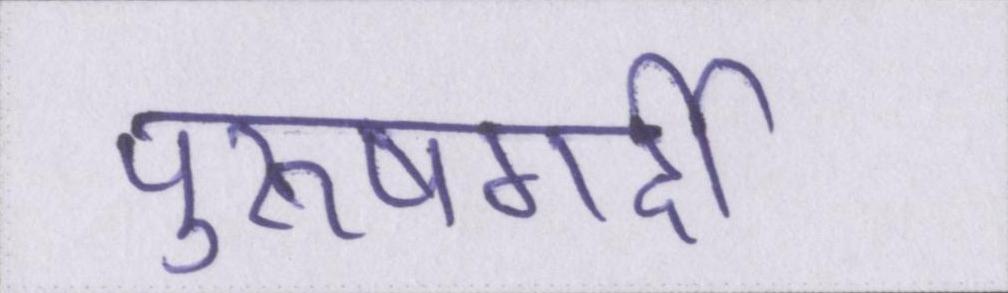
पुरूषगर्दी